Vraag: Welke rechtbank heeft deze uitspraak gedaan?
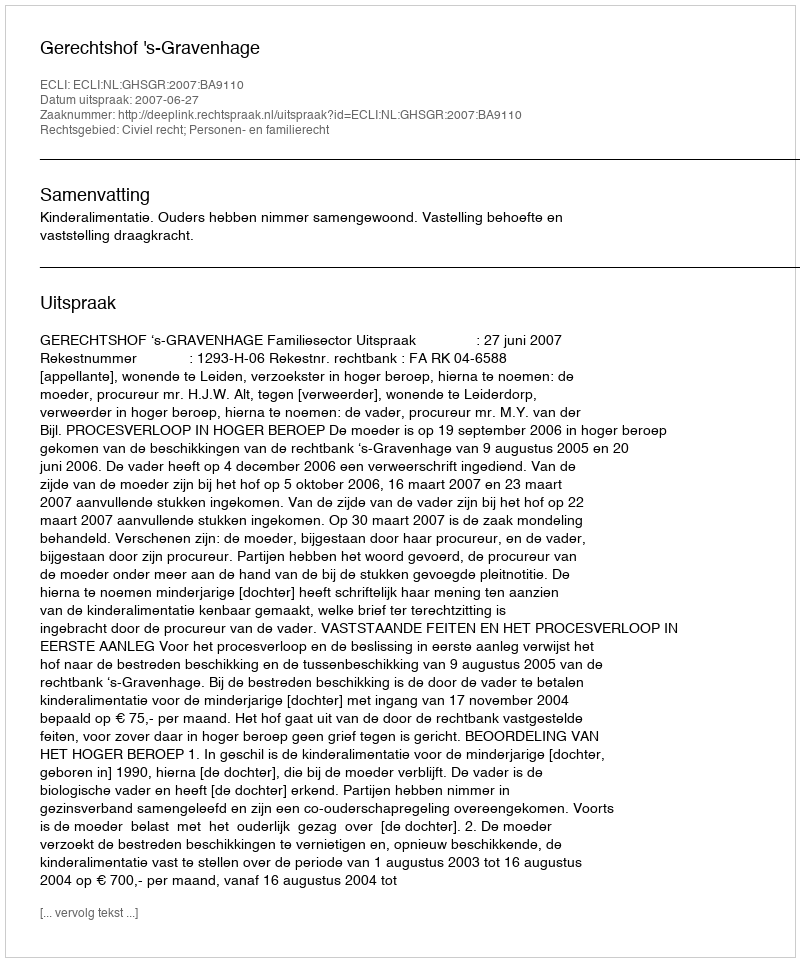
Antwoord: Gerechtshof 's-Gravenhage